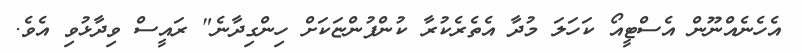
އެހެނެއްނޫން އެސްޓީއޯ ކަހަލަ މުދާ އެތެރެކުރާ ކުންފުންޏަކަށް ހިންގިދާނެ" ރައީސް ވިދާޅުވި އެވެ.